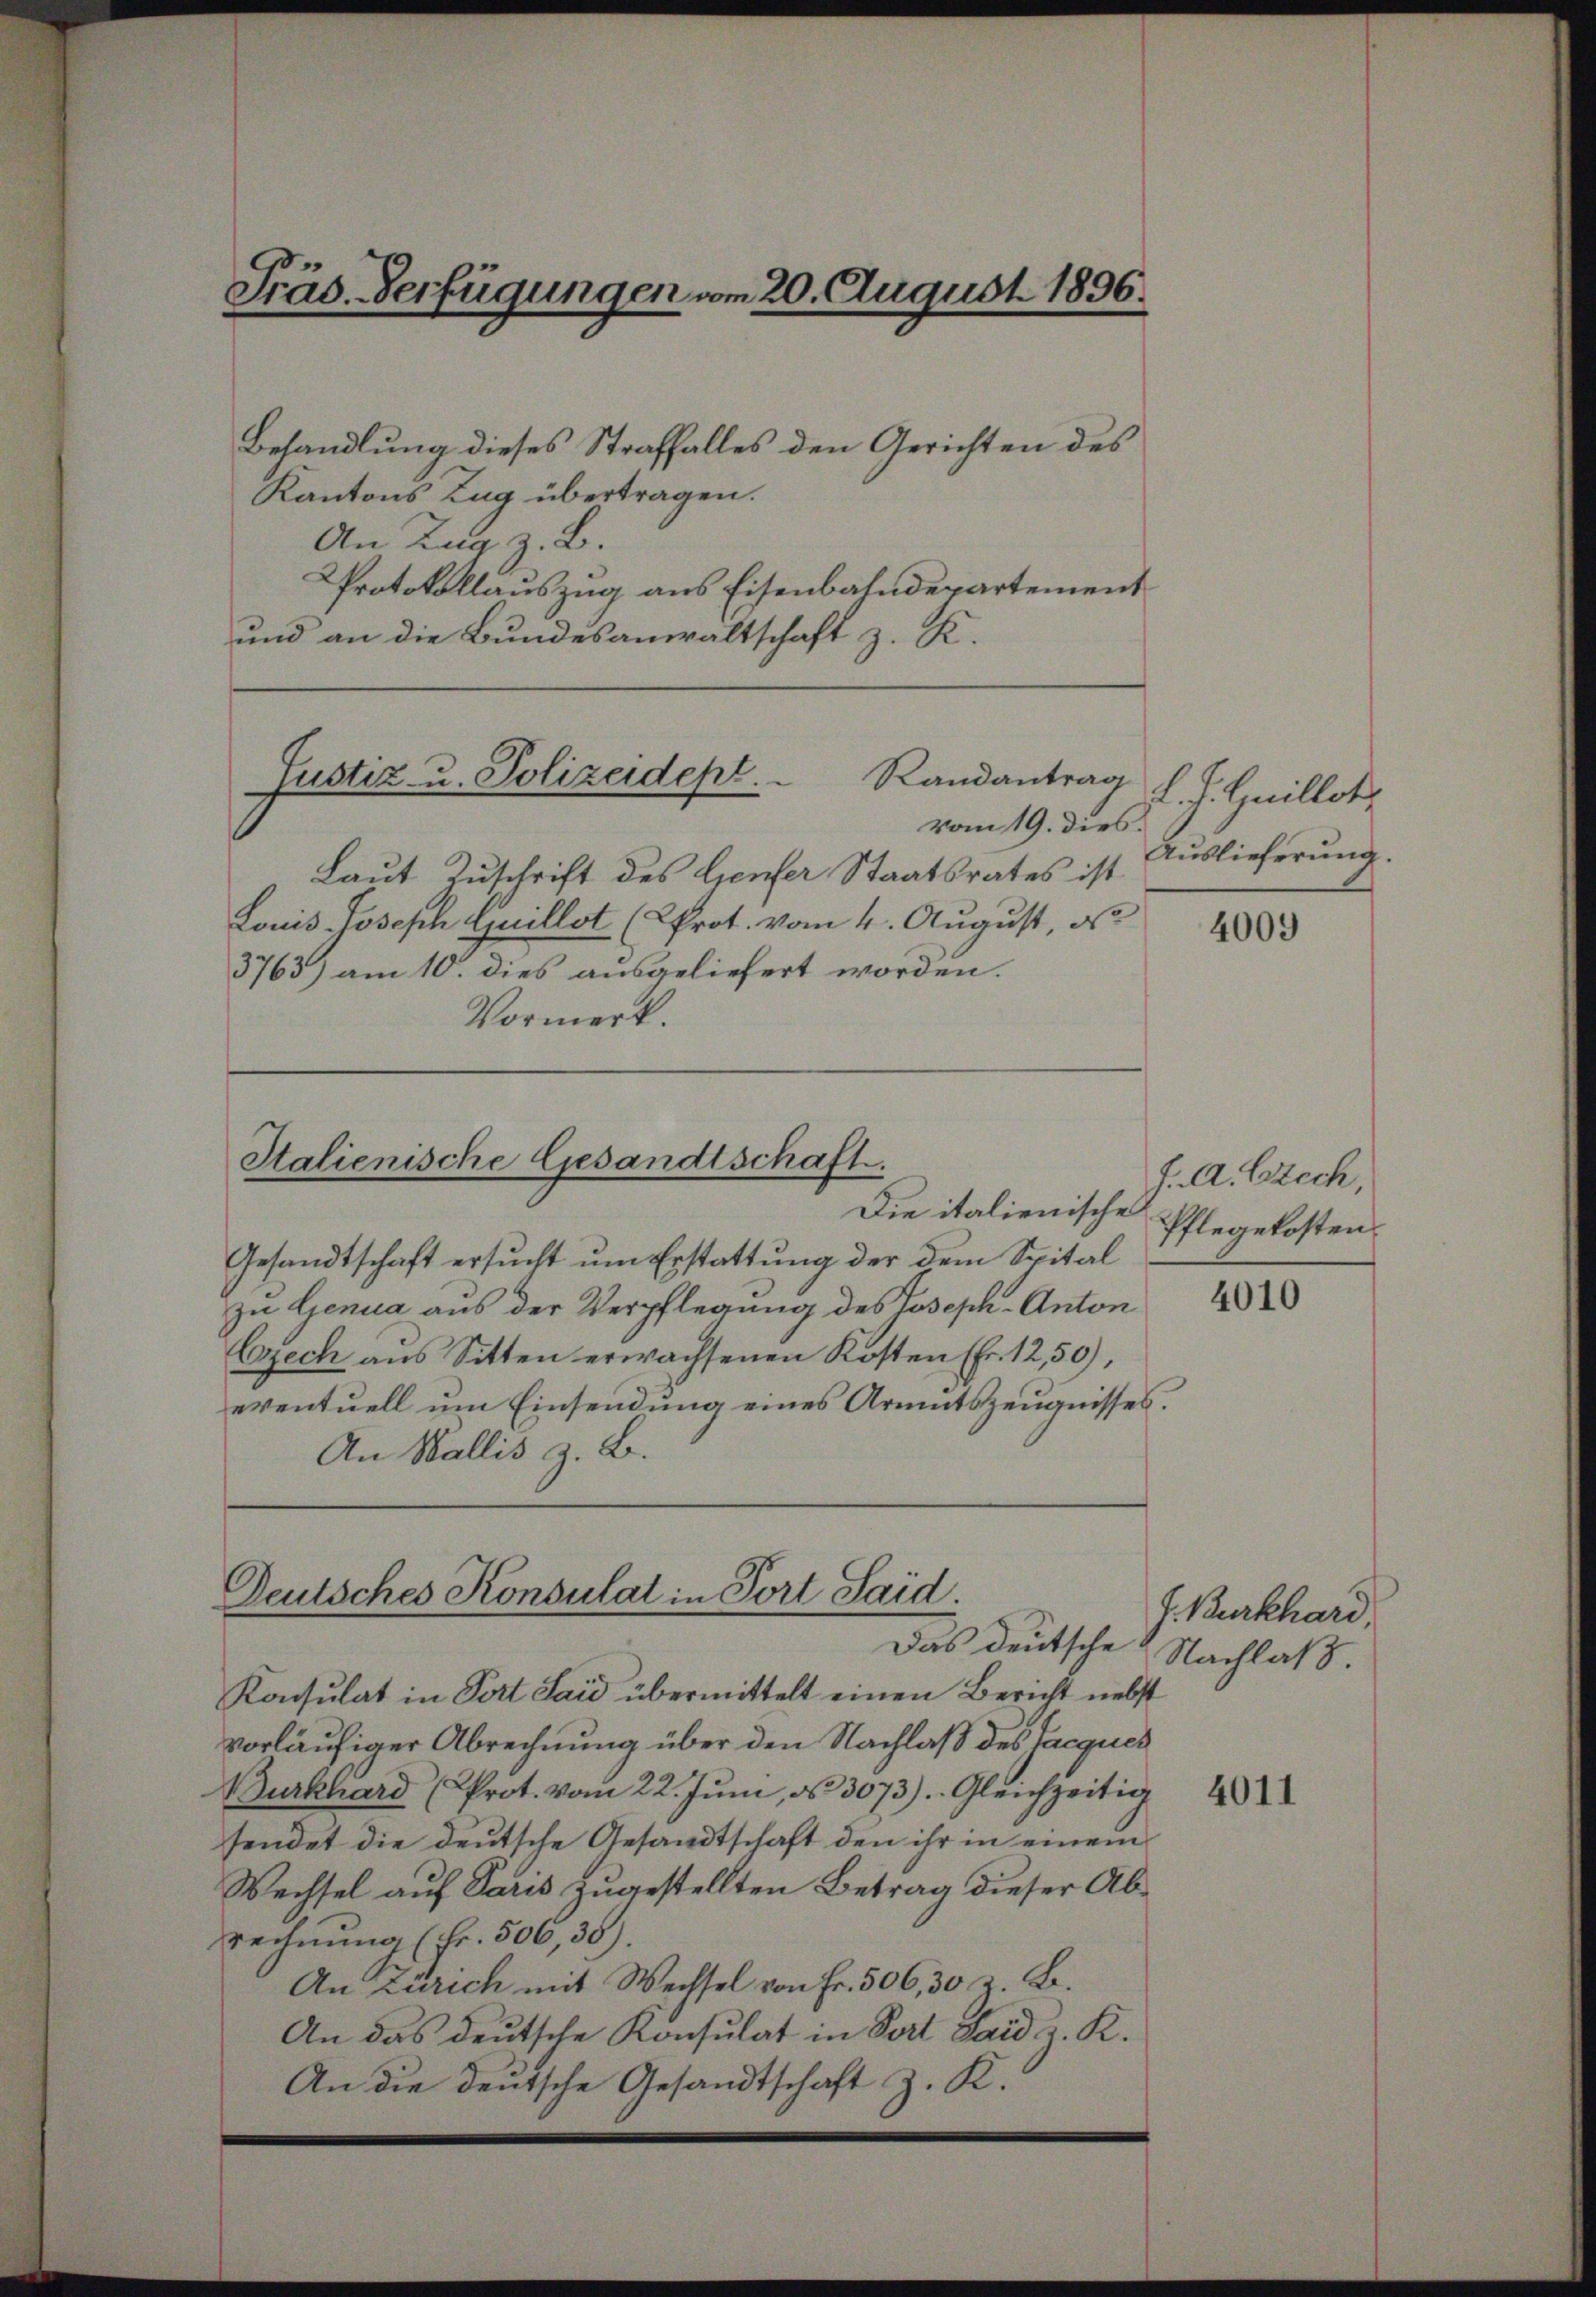
Gras-Verfügungen vom 20. August 1896.

Behandlung dieses Straffalles den Gerichten des
Kantons Zug übertragen.
An Zug z. B.
Protokollauszug aus Eisenbahndepartement
und an die Bundesanwaltschaft z. K.

Justiz- u. Polizeidept. Randantrag

Stalienische Gesandtschaft.

Die italienische
Gesandtschaft ersucht um Erstattung der dem Spital
zu Genua aus der Verpflegung des Joseph-Anton
Ezech aus Sitten erwachsenen Kösten (fr. 12,50),
eventuell um Einsendung eines Armutszeugnisses.
An Wallis z. B.

Deutsches Konsulat in Port Said.
Das deutsche

Konsulat in Port Said übermittelt einen Bericht nebst
vorläufiger Abrechnung über den Nachlaß des Jacques
Burkhard (Prot. vom 22. Jŭni, d. 3073). Gleichzeitig
sendet die deutsche Gesandtschaft den ihr in einem
Wechsel auf Paris zugestellten Betrag dieser Ab¬
Rechnung (Fr. 506,38).
An Zürich mit Wechsel von Fr. 506, 30 z. B.
An das deutsche Konsulat in Port Sard z. R.
An die deutsche Gesandtschaft z. K.

vom 19. dies
Laut Zuschrift des lienfer Staatsrates ist
Louis Joseph Guillot (Krot. vom 4. August, d
3763) am 10. dies ausgeliefert worden.
Vormerk.

L. J. Guillot
Auslieferung.

4009

f. A. Czech
Pflegekosten.

J. Burkhard,
Nachlaß

4011